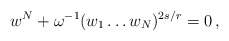
\begin{align*}w^N +\omega^{-1} (w_1 \ldots w_N)^{2s/r}=0 \,,\end{align*}